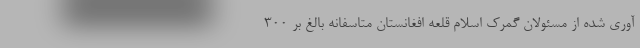
آوری شده از مسئولان گمرک اسلام قلعه افغانستان متاسفانه بالغ بر ۳۰۰